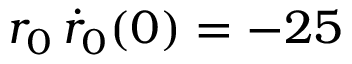
r _ { 0 } \, \dot { r } _ { 0 } ( 0 ) = - 2 5